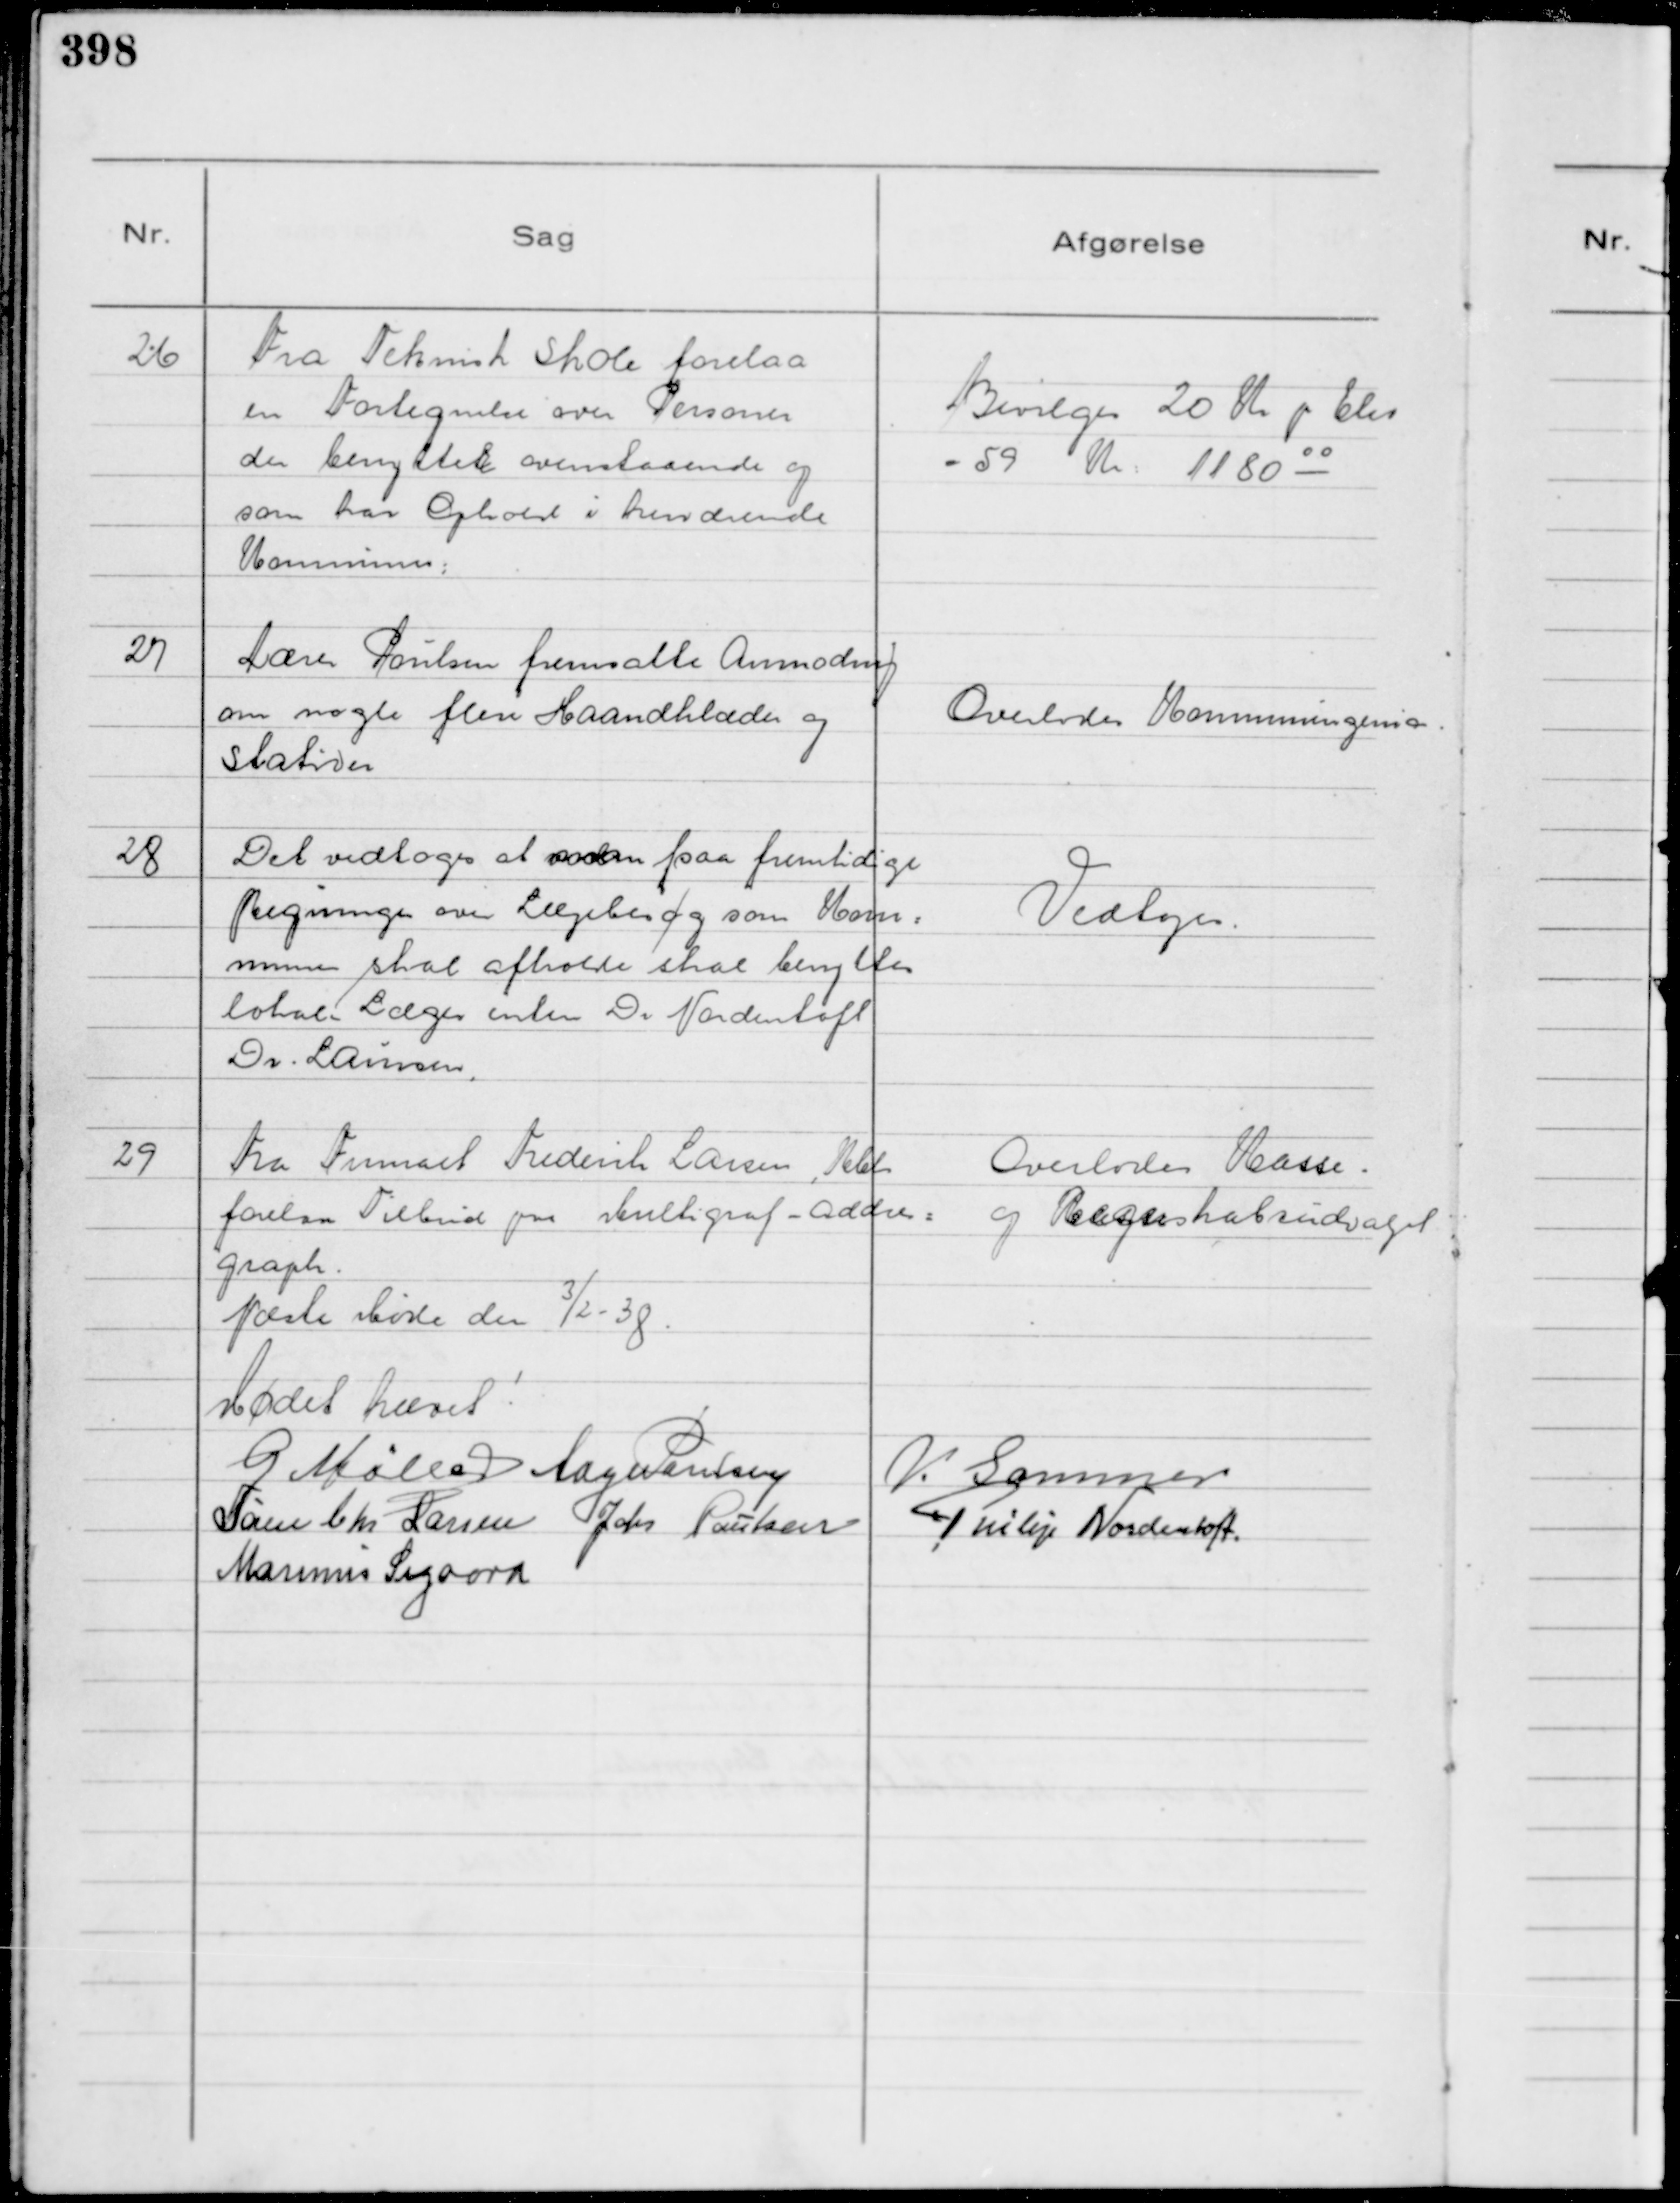
Transskription:
26
Fra Teknisk Skole forelaa
en Fortegnelse over Personer
der benytter ovenstaaende og
som har Ophold i herværende
Kommuner:

Bevilges 20 Kr pr Elev
= 59 Kr: 1180 00

27
Lærer Poulsen fremsatte Anmodning
om nogle flere Haandklæder og
Stativer

Overlodes Kommuneingeniør

28
Det vedtoges at saadan faa fremtidige
Regninger over Lægebesøg som Kom=
munen skal afholde skal benytte
lokale Læger enten Dr Nordentoft
Dr. Laursen.

Vedtoges.

29
Fra Firmaet Frederik Larsen, Kbh
forelaa Tilbud paa Multigraf - Addv=
graph.

Næste Møde den

3/2 - 38.

Mødet hævet!
G Møller
Aage Poulsen
V. Sommer
Søren Chr Larsen
Johs Poulsen
Philip Nordentoft.
Marinus Sigaard